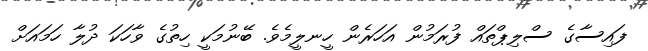
ފައިސާގެ ސްލިޕްތައް ފުރަމުން އަހަރެން ހީނލީމެވެ. ބޭނުމަކީ ހިތުގެ ވާހަކަ ދުލާ ހަމައަށް